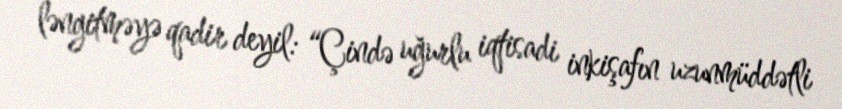
ləngitməyə qadir deyil: “Çində uğurlu iqtisadi inkişafın uzunmüddətli